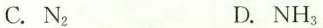
C. N_{2} D. NH_{3}